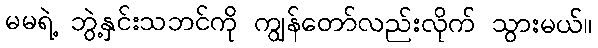
မမရဲ့ ဘွဲ့နှင်းသဘင်ကို ကျွန်တော်လည်းလိုက် သွားမယ်။